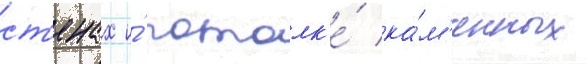
ст'енах и́ потолк'е́ ка́м'енных